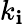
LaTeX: k_{\mathbf{i}}